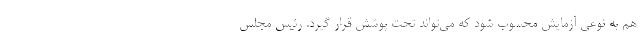
هم به نوعی آزمایش محسوب شود که می‌تواند تحت پوشش قرار گیرد. رئیس مجلس